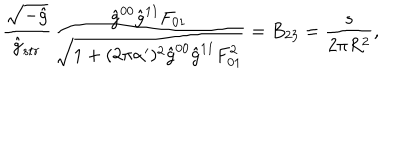
LaTeX: \frac { \sqrt { - \hat { g } } } { \hat { g } _ { s t r } } \frac { \hat { g } ^ { 0 0 } \hat { g } ^ { 1 1 } F _ { 0 1 } } { \sqrt { 1 + ( 2 \pi \alpha ^ { \prime } ) ^ { 2 } \hat { g } ^ { 0 0 } \hat { g } ^ { 1 1 } F _ { 0 1 } ^ { 2 } } } = B _ { 2 3 } = \frac { s } { 2 \pi R ^ { 2 } } ,